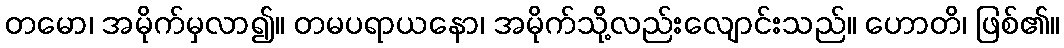
တမော၊ အမိုက်မှလာ၍။ တမပရာယနော၊ အမိုက်သို့လည်းလျောင်းသည်။ ဟောတိ၊ ဖြစ်၏။